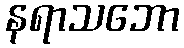
နရာသဘော